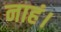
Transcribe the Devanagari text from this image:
नाहं।